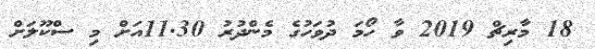
18 މާރިޗް 2019 ވާ ހޯމަ ދުވަހުގެ މެންދުރު 11.30އަށް މި ސްކޫލަށް